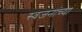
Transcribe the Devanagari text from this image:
स्वजनांच्या